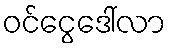
ဝင်ငွေဒေါ်လာ